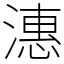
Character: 潓